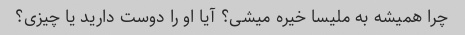
چرا همیشه به ملیسا خیره میشی؟ آیا او را دوست دارید یا چیزی؟